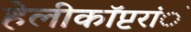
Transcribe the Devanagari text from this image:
हेलीकाॅप्टरांे